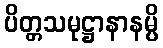
ပိတ္တသမုဋ္ဌာနာနမ္ပိ